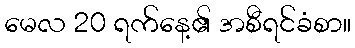
မေလ 20 ရက်နေ့၏ အစီရင်ခံစာ။